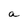
Character: a